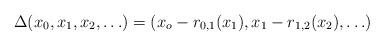
LaTeX: \begin{align*}\Delta(x_0, x_1, x_2, \ldots) = (x_o - r_{0,1}(x_1), x_1-r_{1,2}(x_2), \ldots)\end{align*}